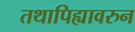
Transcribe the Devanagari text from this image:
तथापिह्यावरुन